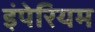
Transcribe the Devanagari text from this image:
इंपेरियम